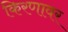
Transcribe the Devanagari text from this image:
किरणावर